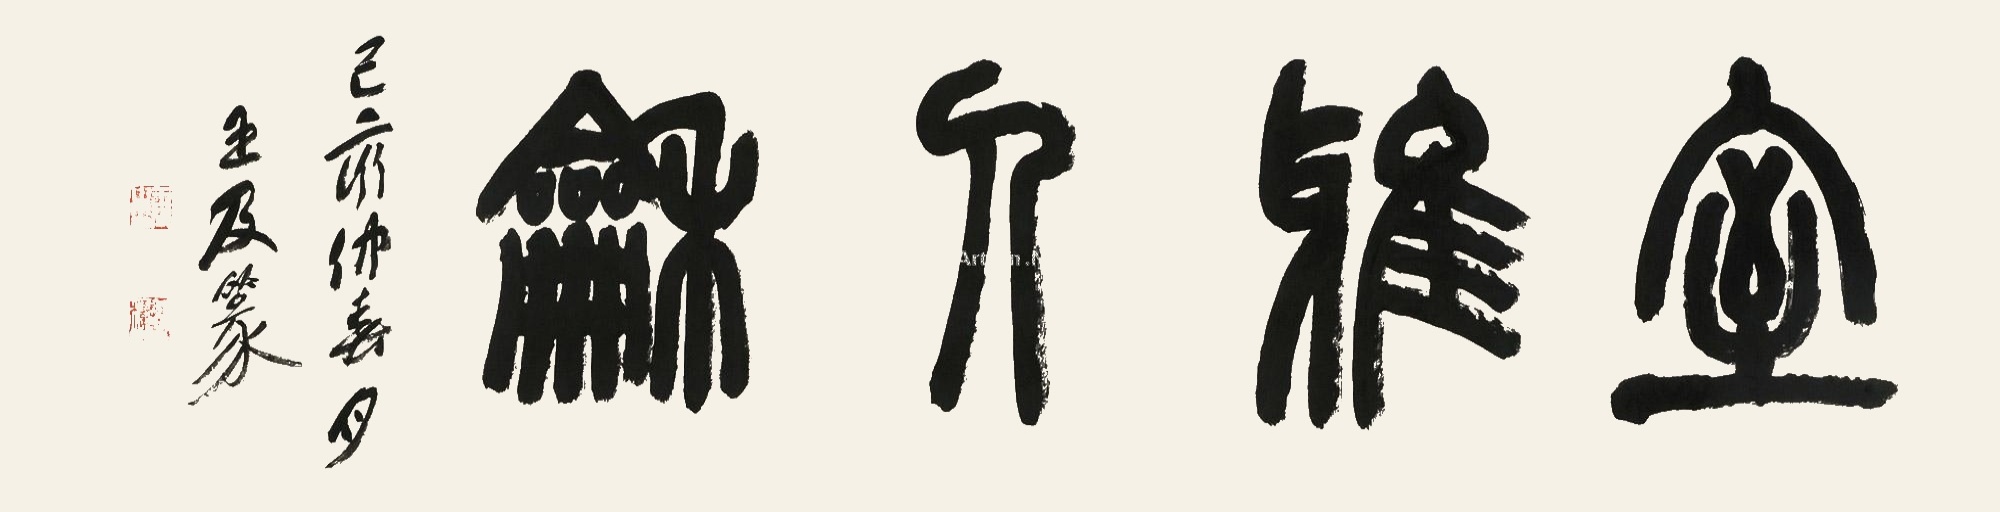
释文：室雅人和。己亥仲春月，王及篆。